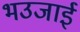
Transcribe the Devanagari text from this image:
भउजाई